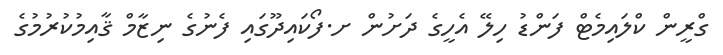
ގްރީން ކްލައިމެޓް ފަންޑު ހިލޭ އެހީގެ ދަށުން ށ.ފޯކައިދޫގައި ފެނުގެ ނިޒާމް ޤާއިމުކުރުމުގެ